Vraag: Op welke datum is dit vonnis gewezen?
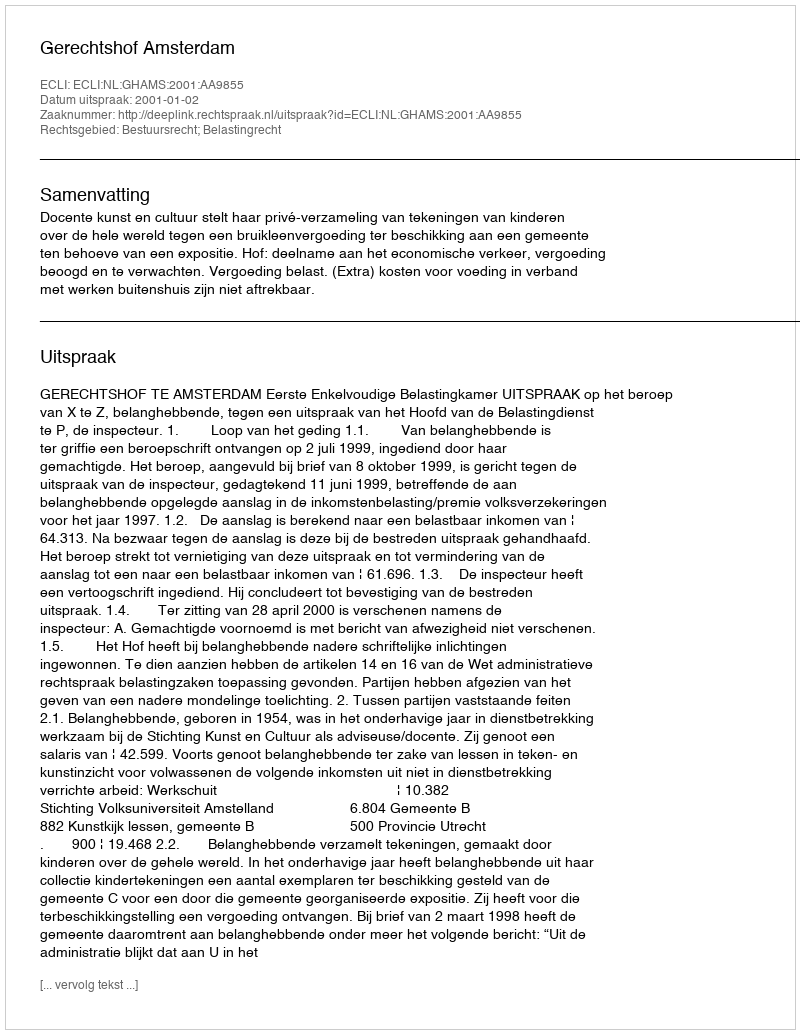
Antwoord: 2001-01-02